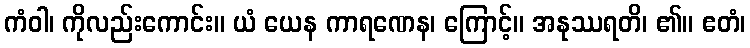
ကံဝါ၊ ကိုလည်းကောင်း။ ယံ ယေန ကာရဏေန၊ ကြောင့်။ အနုဿရတိ၊ ၏။ ဧတံ၊